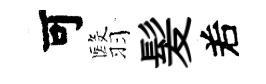
可翳髪𠰥